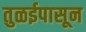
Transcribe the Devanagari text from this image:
तुळईपासून